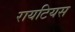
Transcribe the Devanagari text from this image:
रायटियस